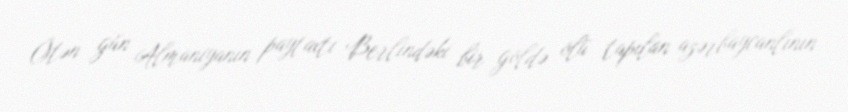
Ötən gün Almaniyanın paytaxtı Berlindəki bir göldə ölü tapılan azərbaycanlının